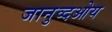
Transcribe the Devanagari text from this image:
जानुव्दओय